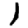
Digit: 1